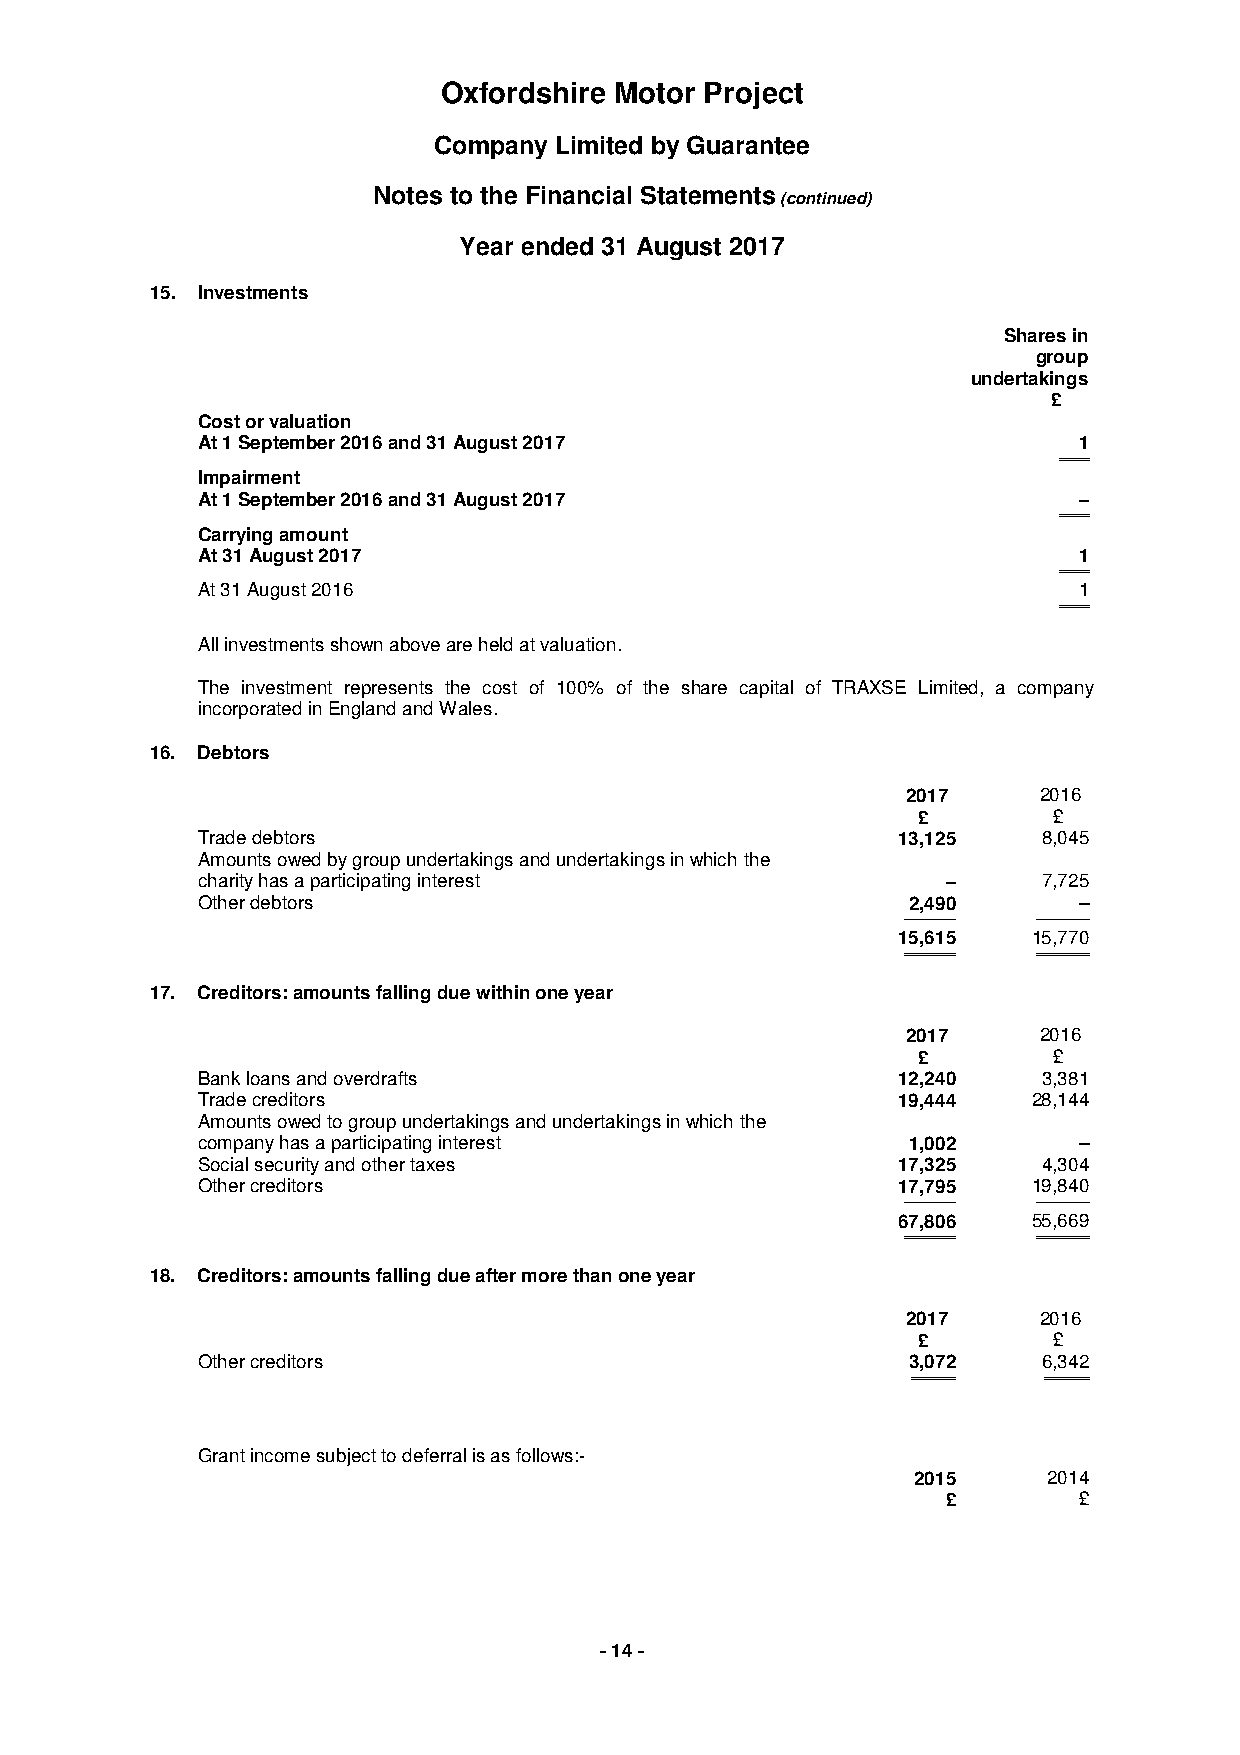
Oxfordshire Motor Project
 Company Limited by Guarantee
 Notes to the Financial Statements (continued)
 Year ended 31 August 2017
 15. Investments
 Shares in
 group
 undertakings
 £
 Cost or valuation
 At 1 September 2016 and 31 August 2017                    1
 (cid:2)(cid:2)(cid:2)(cid:2)
 Impairment
 At 1 September 2016 and 31 August 2017                    –
 (cid:2)(cid:2)(cid:2)(cid:2)
 Carrying amount
 At 31 August 2017                                         1
 (cid:2)(cid:2)(cid:2)(cid:2)
 At 31 August 2016                                         1
 (cid:2)(cid:2)(cid:2)(cid:2)
 All investments shown above are held at valuation.
 The investment represents the cost of 100% of the share capital of TRAXSE Limited, a company
 incorporated in England and Wales.
 16. Debtors
 2017     2016
 £        £
 Trade debtors                                 13,125    8,045
 Amounts owed by group undertakings and undertakings in which the
 charity has a participating interest              –     7,725
 Other debtors                                  2,490      –
 (cid:1)(cid:1)(cid:1)(cid:1)(cid:1)(cid:1)(cid:1) (cid:1)(cid:1)(cid:1)(cid:1)(cid:1)(cid:1)(cid:1)
 15,615   15,770
 (cid:2)(cid:2)(cid:2)(cid:2)(cid:2)(cid:2)(cid:2) (cid:2)(cid:2)(cid:2)(cid:2)(cid:2)(cid:2)(cid:2)
 17. Creditors: amounts falling due within one year
 2017     2016
 £        £
 Bank loans and overdrafts                     12,240    3,381
 Trade creditors                               19,444   28,144
 Amounts owed to group undertakings and undertakings in which the
 company has a participating interest           1,002      –
 Social security and other taxes               17,325    4,304
 Other creditors                               17,795   19,840
 (cid:1)(cid:1)(cid:1)(cid:1)(cid:1)(cid:1)(cid:1) (cid:1)(cid:1)(cid:1)(cid:1)(cid:1)(cid:1)(cid:1)
 67,806   55,669
 (cid:2)(cid:2)(cid:2)(cid:2)(cid:2)(cid:2)(cid:2) (cid:2)(cid:2)(cid:2)(cid:2)(cid:2)(cid:2)(cid:2)
 18. Creditors: amounts falling due after more than one year
 2017     2016
 £        £
 Other creditors                                3,072    6,342
 (cid:2)(cid:2)(cid:2)(cid:2)(cid:2)(cid:2) (cid:2)(cid:2)(cid:2)(cid:2)(cid:2)(cid:2)
 Grant income subject to deferral is as follows:-
 2015     2014
 £       £
 - 14 -